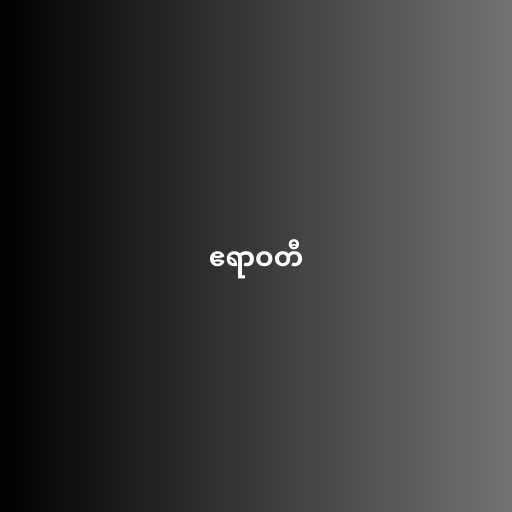
ဧရာဝတီ